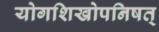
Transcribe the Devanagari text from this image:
योगशिखोपनिषत्‌